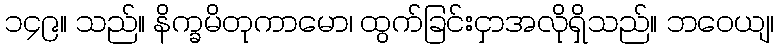
၁၄၉။ သည်။ နိက္ခမိတုကာမော၊ ထွက်ခြင်းငှာအလိုရှိသည်။ ဘဝေယျ၊